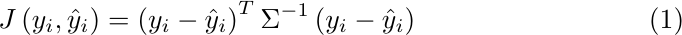
      \begin{align}
      J\left(y_i,\hat{y}_i\right)=\left(y_i-\hat{y}_i\right)^T \Sigma^{-1}\left(y_i-\hat{y}_i\right)
      \label{eq4}
      \end{align}